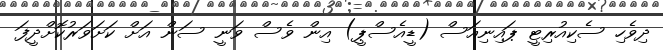
ދިވެހި ސެކިއުރިޓީ ޕައިނިއަސް (ޑީއެސްޕީ) އިން ވެސް ވަނީ ސަން އަށް ކަށަވަރުކޮށްދީފަ